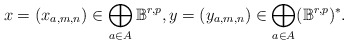
\begin{align*}x=(x_{a,m,n})\in \bigoplus_{a\in A}\mathbb{B}^{r,p}, y=(y_{a,m,n})\in \bigoplus_{a\in A}(\mathbb{B}^{r,p})^*. \end{align*}